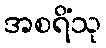
အစရိံသု